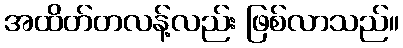
အထိတ်တလန့်လည်း ဖြစ်လာသည်။